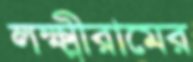
লক্ষ্মীরামের